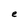
Character: e